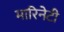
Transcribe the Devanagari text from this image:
मारिनेटी